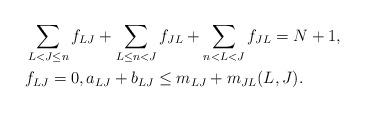
LaTeX: \begin{align*}\begin{aligned}& \sum _{ L<J\le n}f _{LJ} +\sum _{ L\le n <J }f _{ JL} +\sum _{n<L<J}f _{ JL} =N+1 ,\\& f _{LJ} =0 , a _{LJ} + b _{LJ} \le m _{LJ} + m _{ JL} (L,J).\end{aligned}\end{align*}